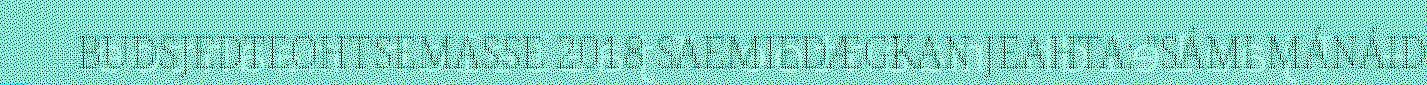
BUDSJEDTEOHTSEMASSE 2018 SAEMIEDÆGKAN JEAHTA: "SÁMI MÁNÁID